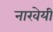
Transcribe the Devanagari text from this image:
नारवेयी